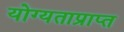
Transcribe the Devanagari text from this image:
योग्यताप्राप्त